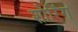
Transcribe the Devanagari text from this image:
शोरिंग